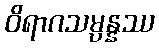
ဝိရာဂသမ္ပန္နဿ